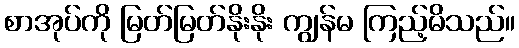
စာအုပ်ကို မြတ်မြတ်နိုးနိုး ကျွန်မ ကြည့်မိသည်။